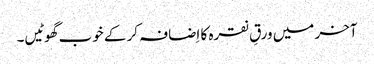
آخر میں ورقِ نقرہ کا اِضافہ کر کے خوب گھوٹیں۔